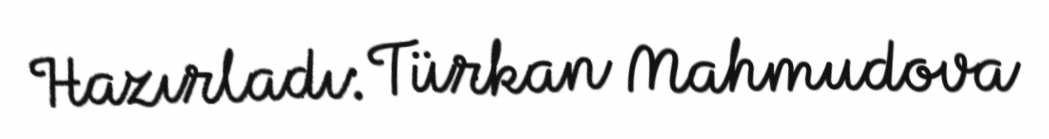
Hazırladı: Türkan Mahmudova